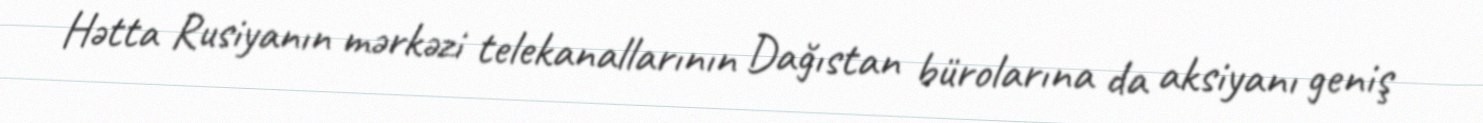
Hətta Rusiyanın mərkəzi telekanallarının Dağıstan bürolarına da aksiyanı geniş